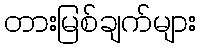
တားမြစ်ချက်များ